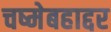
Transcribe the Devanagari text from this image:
चष्मेबहाद्दर